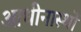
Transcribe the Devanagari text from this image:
आधीनास्थों